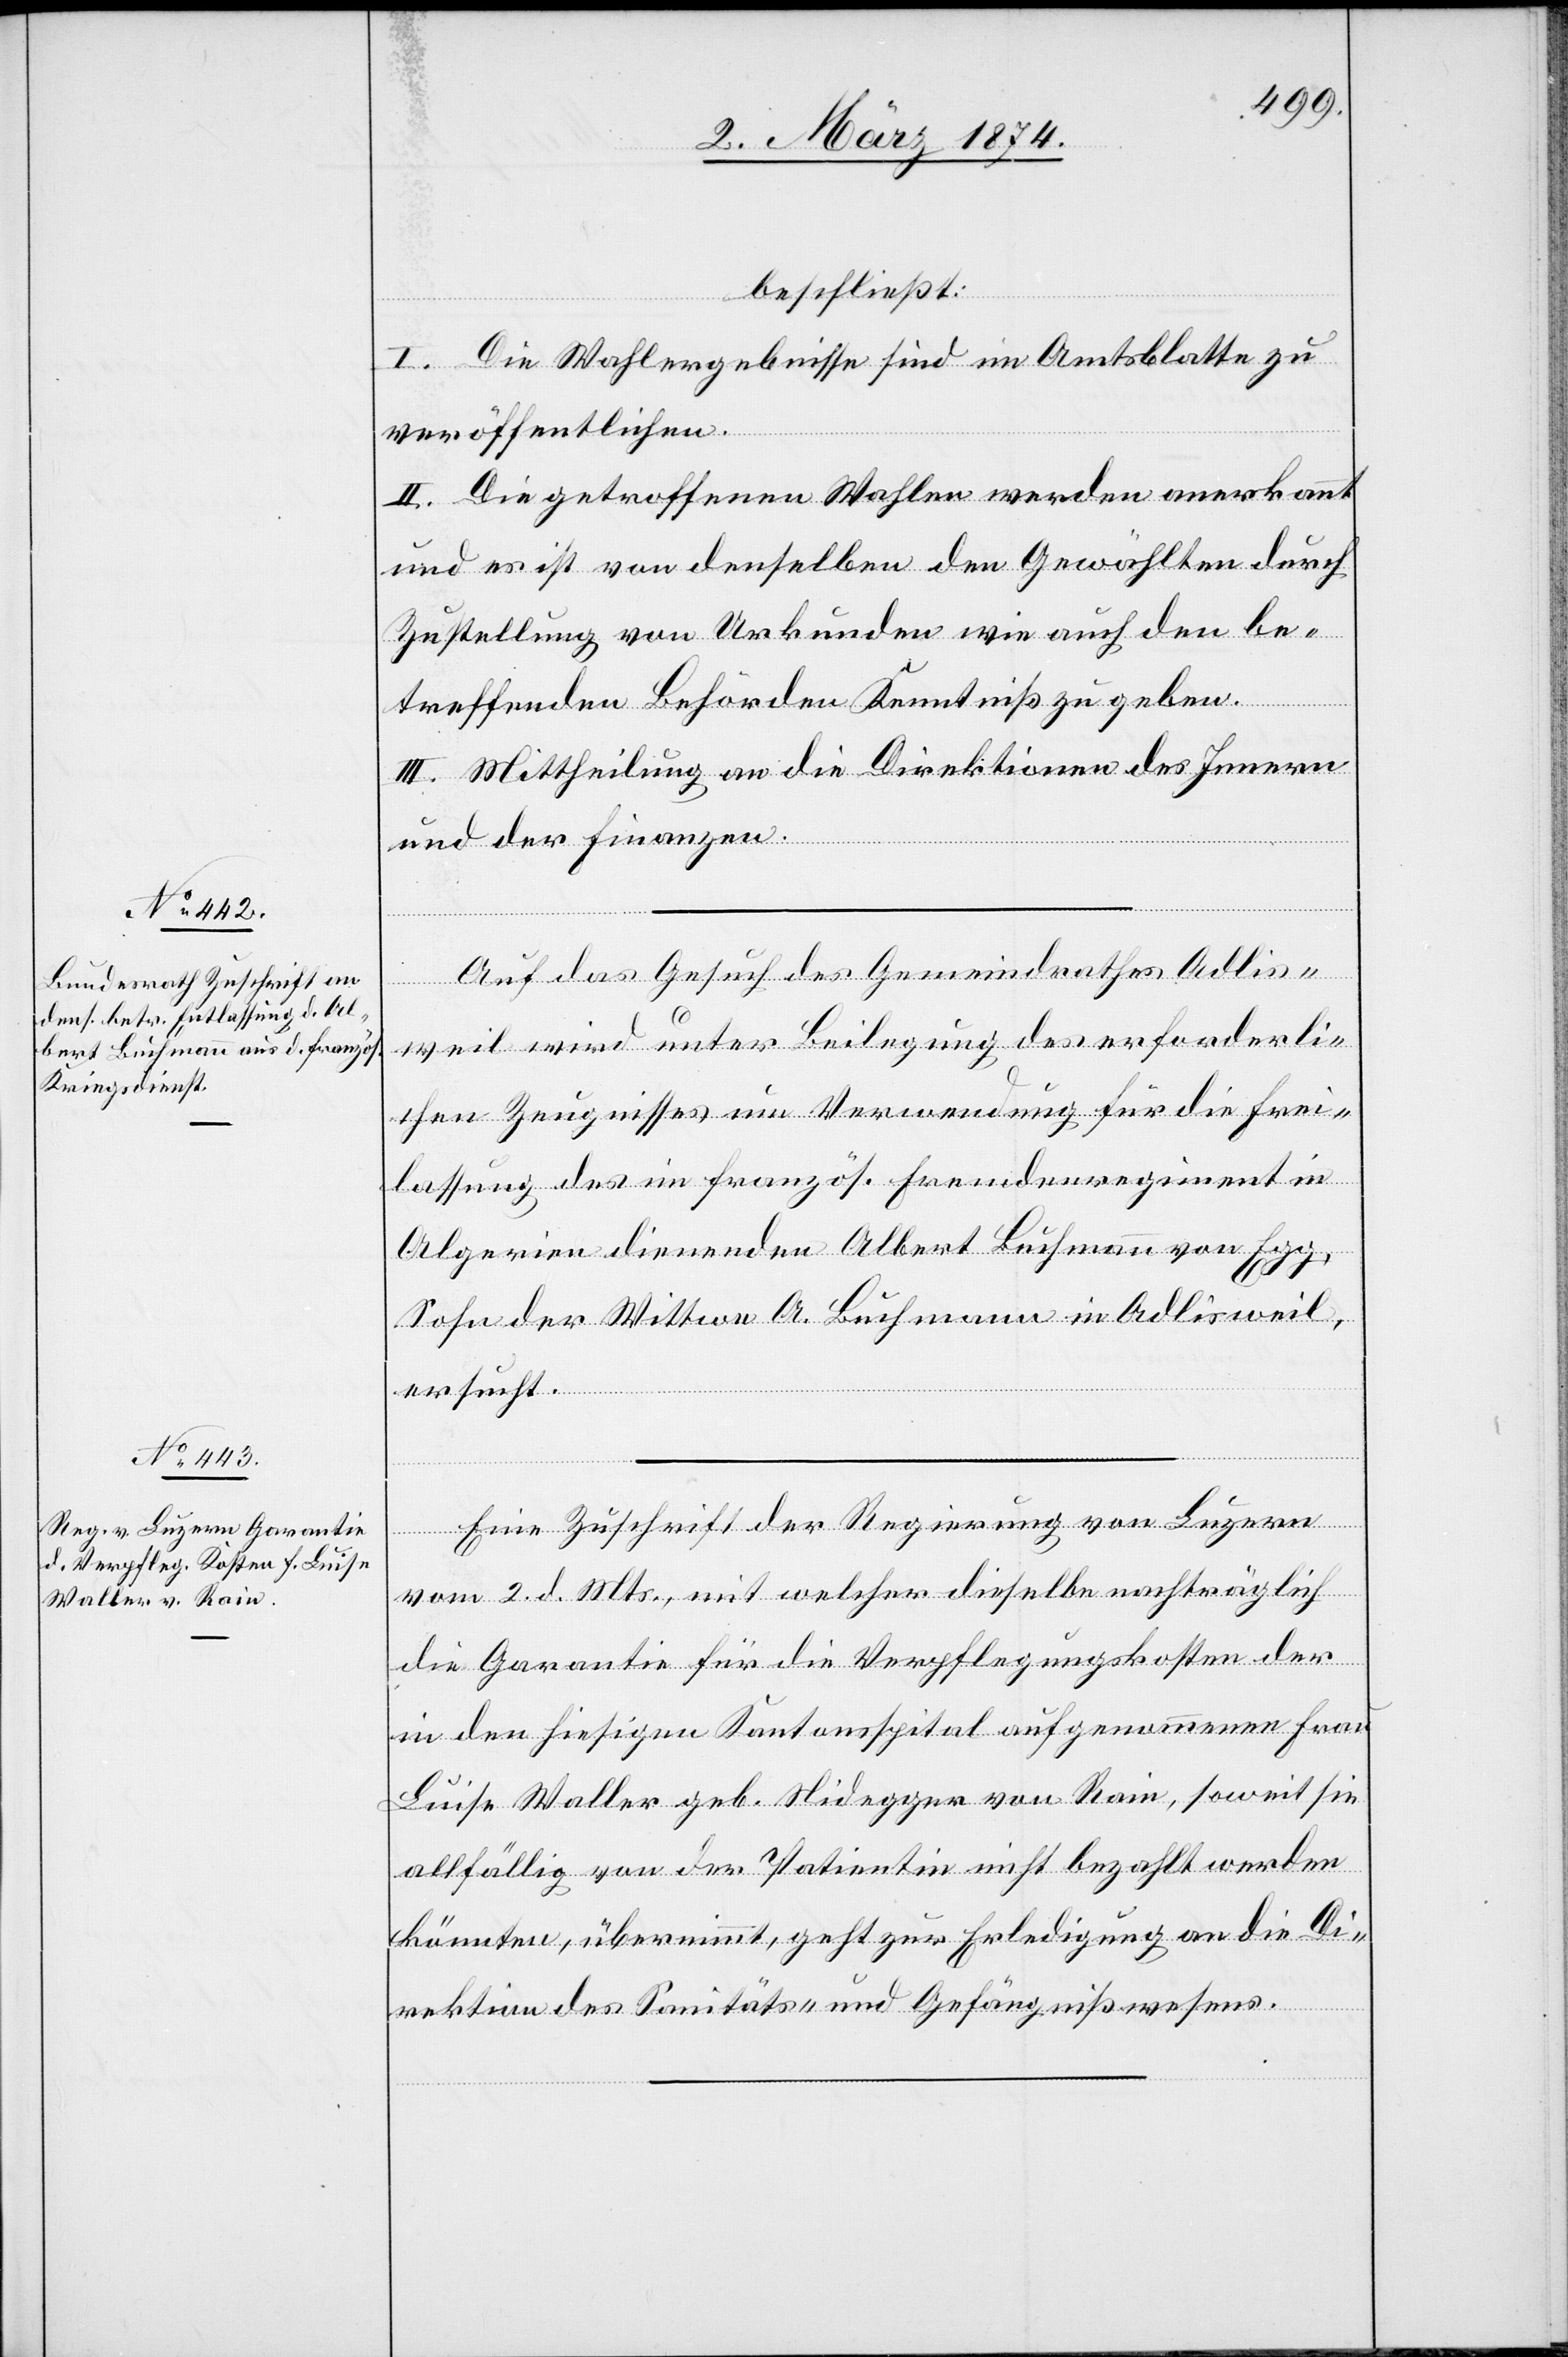
4. März 1874.]
beschließt:
I. Die Wahlergebnisse sind im Amtsblatte zu
veröffentlichen.
II. Die getroffenen Wahlen werden anerkannt
und es ist von denselben dem Gewählten durch
Zustellung von Urkunden wie auch den be¬
treffenden Behörden Kenntniß zu geben.
III. Mittheilung an die Direktionen des Innern
und der Finanzen.
Auf das Gesuch des Gemeindrathes Adlis¬
weil wird unter Beilegung des erforderli¬
chen Zeugnisses um Verwendung für die Frei¬
lassung des im französ. Fremdenregiment in
Algerien dienenden Albert Buchmann von Egg,
Sohn der Wittwe A. Buchmann in Adlisweil,
ersucht.
Eine Zuschrift der Regierung von Luzern
vom 2. d. Mts., mit welcher dieselbe nachträglich
die Garantie für die Verpflegungskosten der
in den hiesigen Kantonsspital aufgenommenen Frau
Luise Waller geb. Nidegger von Rain, soweit sie
allfällig von der Patientin nicht bezahlt werden
könnten, übernimmt, geht zur Erledigung an die Di¬
rektion des Sanitäts- und Gefängnißwesens.